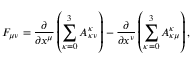
F _ { \mu \nu } = \frac { \partial } { \partial x ^ { \mu } } \left( \sum _ { \kappa = 0 } ^ { 3 } A _ { \kappa \nu } ^ { \kappa } \right) - \frac { \partial } { \partial x ^ { \nu } } \left( \sum _ { \kappa = 0 } ^ { 3 } A _ { \kappa \mu } ^ { \kappa } \right) ,